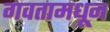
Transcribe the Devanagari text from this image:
गवतामधून